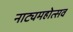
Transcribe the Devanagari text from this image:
नाट्यमहोत्सव